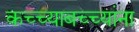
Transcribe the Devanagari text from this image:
कच्च्याबच्च्यांना